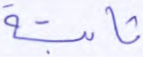
ثابتة